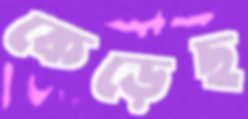
কেড়েছ